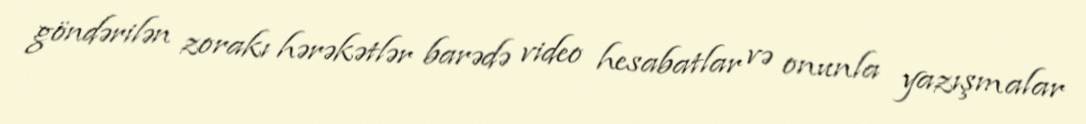
göndərilən zorakı hərəkətlər barədə video hesabatlar və onunla yazışmalar